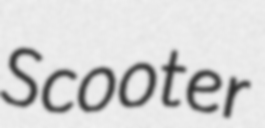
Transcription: Scooter